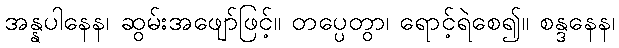
အန္နပါနေန၊ ဆွမ်းအဖျော်ဖြင့်။ တပ္ပေတွာ၊ ရောင့်ရဲစေ၍။ စန္ဒနေန၊